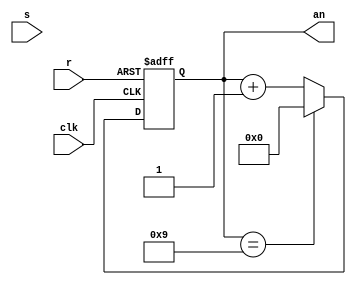
`timescale 1ns / 1ps
//////////////////////////////////////////////////////////////////////////////////
// Company: 
// Engineer: 
// 
// Design Name: 
// Module Name: clk_div_an1
// Project Name: 
// Target Devices: 
// Tool Versions: 
// Description: 
// 
// Dependencies: 
// 
// Revision:
// Revision 0.01 - File Created
// Additional Comments:
// 
//////////////////////////////////////////////////////////////////////////////////

// For Mode 00
module up_counter(
    input clk,
    input s,
    input r, 
    output [3:0] an
    );
    
    reg [3:0] count;
   
    always @ (posedge clk or posedge r)
        begin
        if (r) 
            count = 4'b0000;
        else
            if (count == 4'b1001) 
                count = 4'b0000; 
            else
                count = count + 1'b1;   
        end
        assign an = count;
endmodule